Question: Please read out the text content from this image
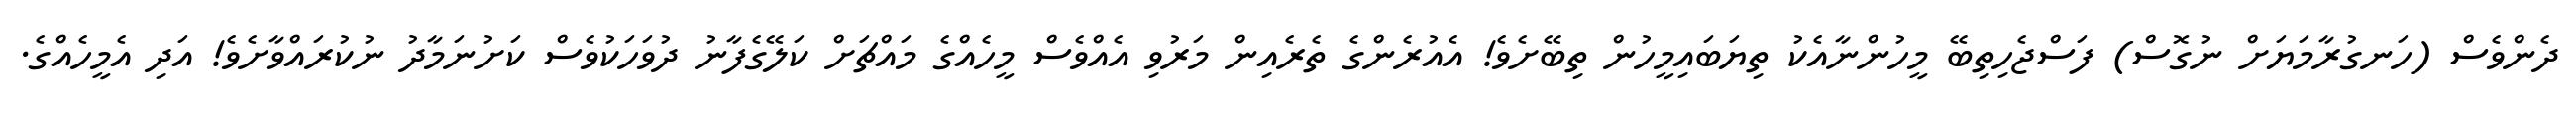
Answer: ދެންވެސް (ހަނގުރާމަޔަށް ނުގޮސް) ފަސްޖެހިތިބޭ މީހުންނާއެކު ތިޔަބައިމީހުން ތިބޭށެވެ! އެއުރެންގެ ތެރެއިން މަރުވި އެއްވެސް މީހެއްގެ މައްޗަށް ކަލޭގެފާނު ދުވަހަކުވެސް ކަށުނަމާދު ނުކުރައްވާށެވެ! އަދި އެމީހެއްގެ.